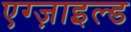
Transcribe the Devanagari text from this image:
एग्ज़ाइल्ड